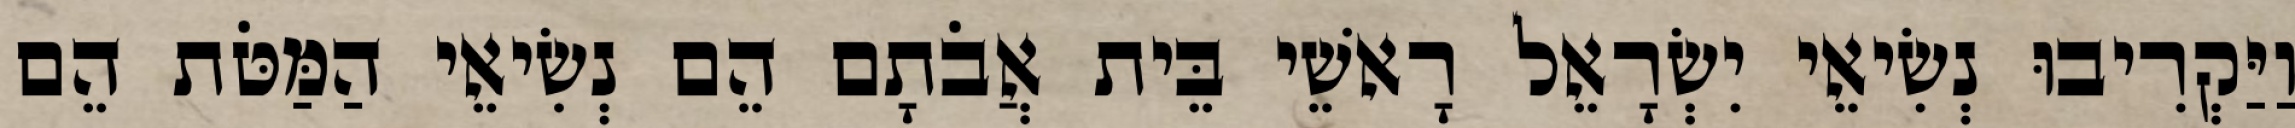
וַיַּקְרִיבוּ נְשִׂיאֵי יִשְׂרָאֵל רָאשֵׁי בֵּית אֲבֹתָם הֵם נְשִׂיאֵי הַמַּטֹּת הֵם